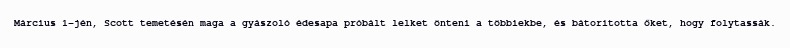
Március 1-jén, Scott temetésén maga a gyászoló édesapa próbált lelket önteni a többiekbe, és bátorította őket, hogy folytassák.